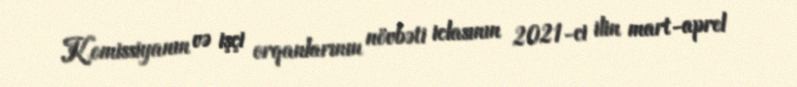
Komissiyanın və işçi orqanlarının növbəti iclasının 2021-ci ilin mart-aprel